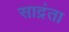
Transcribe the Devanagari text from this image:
साद्रंता